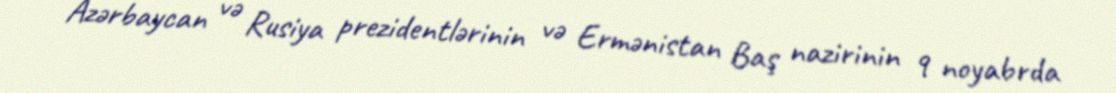
Azərbaycan və Rusiya prezidentlərinin və Ermənistan Baş nazirinin 9 noyabrda